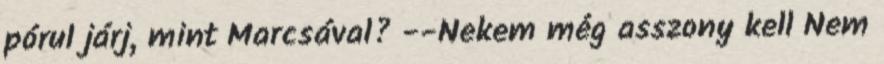
pórul járj, mint Marcsával? --Nekem még asszony kell Nem